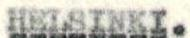
HELSINKI.